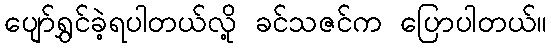
ပျော်ရွှင်ခဲ့ရပါတယ်လို့ ခင်သဇင်က ပြောပါတယ်။